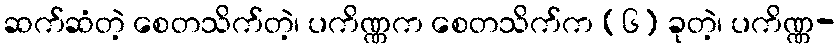
ဆက်ဆံတဲ့ စေတသိက်တဲ့၊ ပကိဏ္ဏက စေတသိက်က (၆) ခုတဲ့၊ ပကိဏ္ဏ-